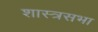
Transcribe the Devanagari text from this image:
शास्त्रसभा